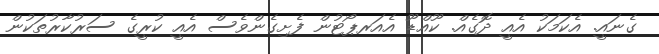
ގެނައީ. އެކަމަކު އެއީ ދޮގެއް. ކޫއްޑޫ އެއަރޕޯޓުން ފެށިގެންވެސް އެއީ ކުރީގެ ސަރުކާރުތަކުން